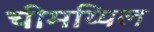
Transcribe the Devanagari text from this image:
चीमय्यिल